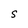
Character: S